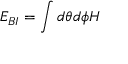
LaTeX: { \cal E } _ { B I } = \int d \theta d \phi { \cal H }